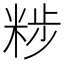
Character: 𥹴